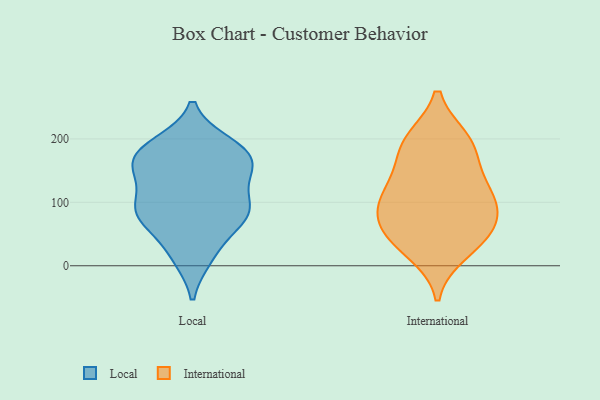
{"axis": {"x": "Inventory Turnover", "y": "Value"}, "legend": ["International", "Local"], "data": [{"x": "", "y": 182, "type": "Local"}, {"x": "", "y": 189, "type": "Local"}, {"x": "", "y": 13, "type": "Local"}, {"x": "", "y": 156, "type": "Local"}, {"x": "", "y": 13, "type": "Local"}, {"x": "", "y": 78, "type": "Local"}, {"x": "", "y": 46, "type": "Local"}, {"x": "", "y": 167, "type": "Local"}, {"x": "", "y": 88, "type": "Local"}, {"x": "", "y": 183, "type": "Local"}, {"x": "", "y": 76, "type": "Local"}, {"x": "", "y": 89, "type": "Local"}, {"x": "", "y": 192, "type": "Local"}, {"x": "", "y": 87, "type": "Local"}, {"x": "", "y": 84, "type": "Local"}, {"x": "", "y": 139, "type": "Local"}, {"x": "", "y": 165, "type": "Local"}, {"x": "", "y": 138, "type": "Local"}, {"x": "", "y": 149, "type": "Local"}, {"x": "", "y": 96, "type": "Local"}, {"x": "", "y": 44, "type": "International"}, {"x": "", "y": 152, "type": "International"}, {"x": "", "y": 124, "type": "International"}, {"x": "", "y": 42, "type": "International"}, {"x": "", "y": 66, "type": "International"}, {"x": "", "y": 96, "type": "International"}, {"x": "", "y": 22, "type": "International"}, {"x": "", "y": 70, "type": "International"}, {"x": "", "y": 103, "type": "International"}, {"x": "", "y": 109, "type": "International"}, {"x": "", "y": 198, "type": "International"}, {"x": "", "y": 196, "type": "International"}, {"x": "", "y": 189, "type": "International"}]}